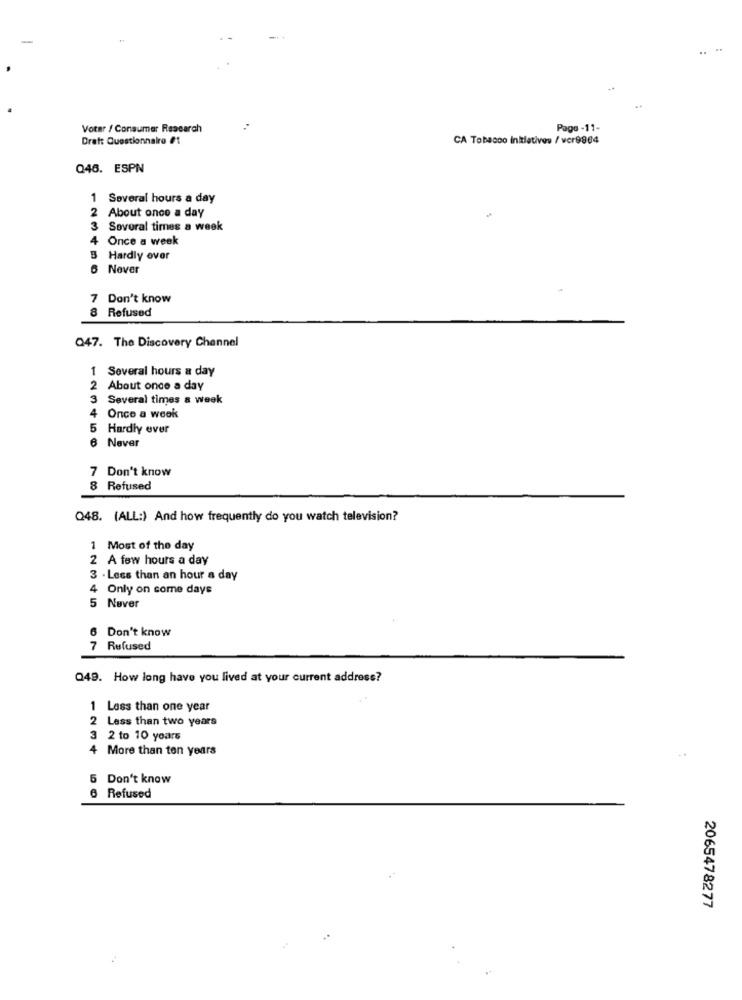
....
Votar / Consumer Research
Pago -11-
Draft Questionnaire #1
CA Tobacco Initiatives / vcr9964
Q46. ESPN
1 Several hours a day
2 About once a day
3 Sovoral times a week
4 Once a week
B Hardly over
6 Nover
7 Don't know
8 Refused
Q47. The Discovery Channel
1
Several hours a day
2 About once a day
3
Several times a week
4 Once a week
5 Hardly ever
6 Never
7 Don't know
8 Refused
Q48. (ALL:) And how frequently do you watch television?
1 Most of the day
2 A few hours a day
3 - Less than an hour a day
4 Only on come days
5 Never
6 Don't know
7 Refused
Q49. How long have you lived at your current address?
1 Less than one year
2 Less than two years
3 2 to 10 years
4 More than ten years
..
5 Don't know
6 Refused
2065478277